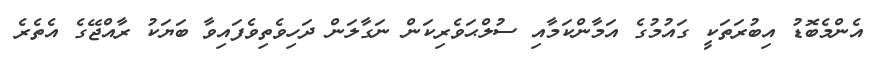
އެންމެބޮޑު އިބުރަތަކީ ގައުމުގެ އަމާންކަމާއި ސުލްޙަވެރިކަން ނަގާލަން ދަހިވެތިވެފައިވާ ބަޔަކު ރާއްޖޭގެ އެތެރެ